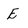
Character: E